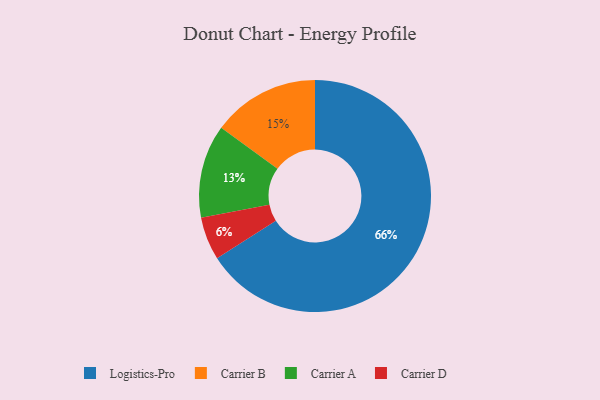
{"axis": {"x": "Category", "y": "Percentage"}, "legend": ["Carrier A", "Carrier B", "Carrier D", "Logistics-Pro"], "data": [{"x": "Carrier D", "y": 6, "type": "Carrier D"}, {"x": "Carrier B", "y": 15, "type": "Carrier B"}, {"x": "Carrier A", "y": 13, "type": "Carrier A"}, {"x": "Logistics-Pro", "y": 66, "type": "Logistics-Pro"}]}